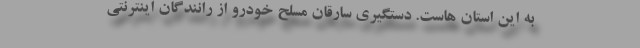
به این استان هاست. دستگیری سارقان مسلح خودرو از رانندگان اینترنتی